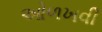
ઓળખવી